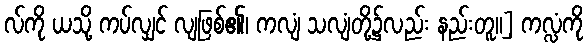
လ်ကို ယသို့ ကပ်လျှင် လျဖြစ်၏၊ ကလျံ သလျံတို့၌လည်း နည်းတူ။] ကလ္လံကို